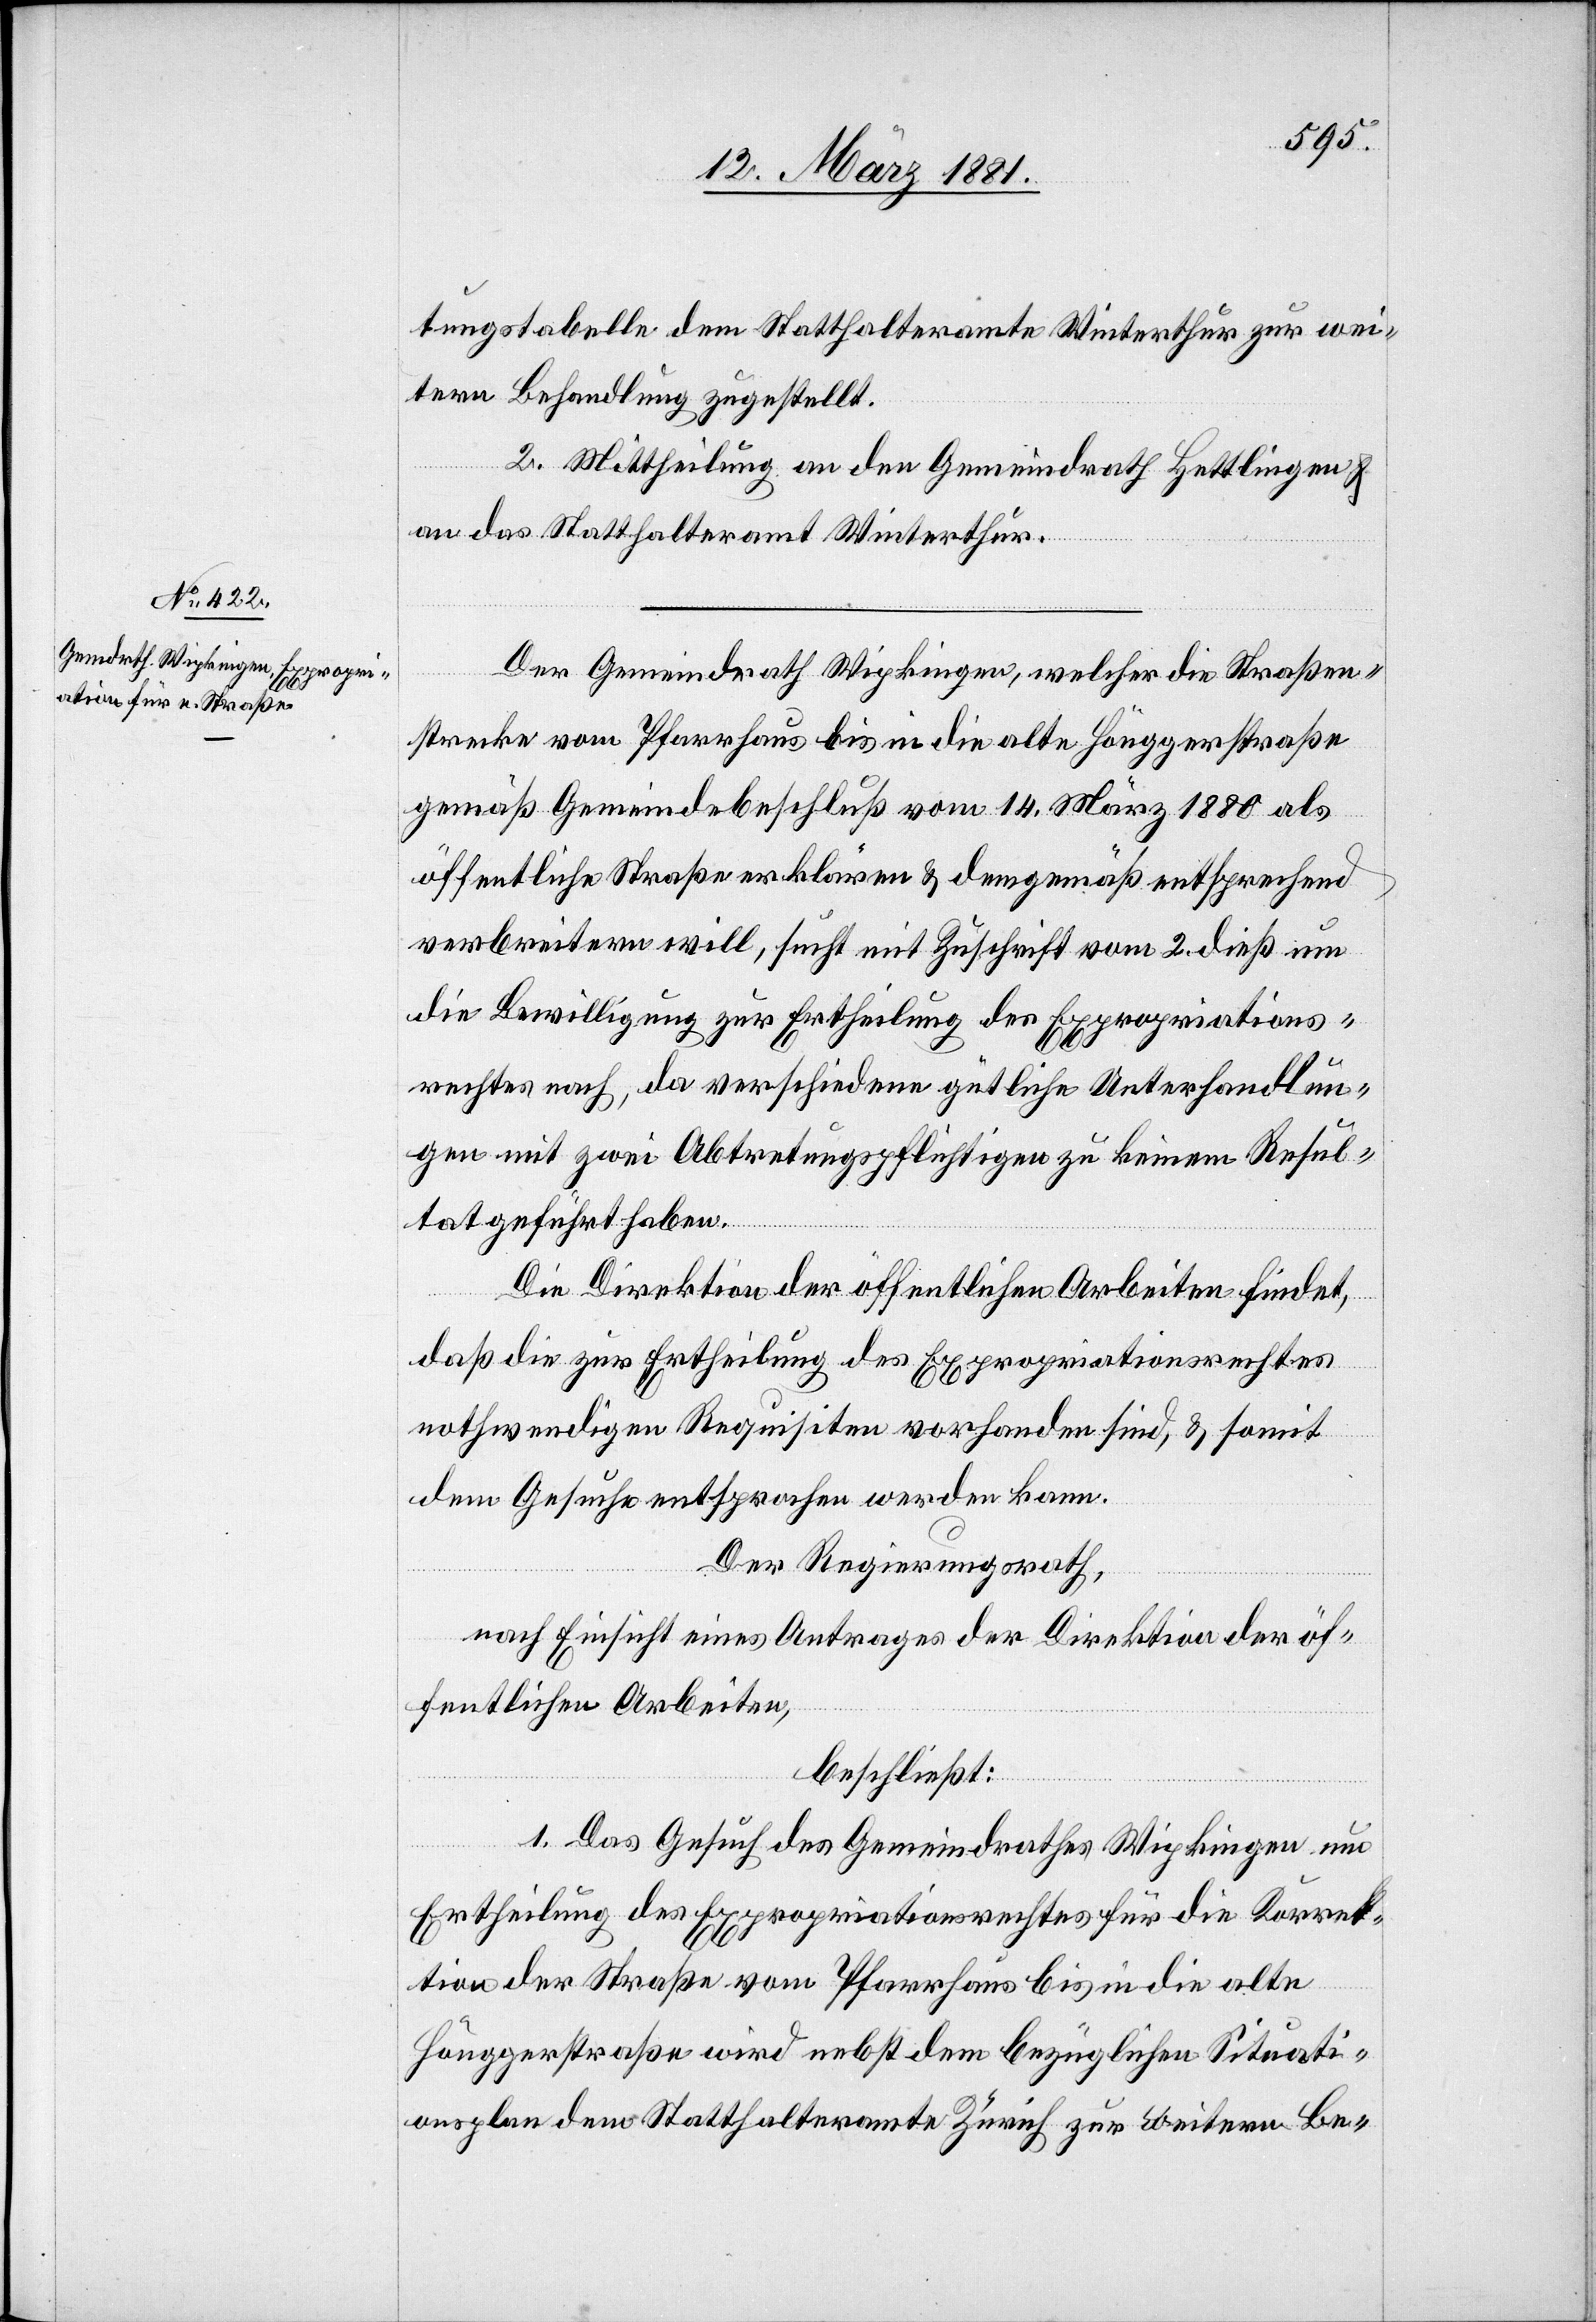
tungstabelle dem Statthalteramte Winterthur zur wei¬
tern Behandlung zugestellt.
2. Mittheilung an den Gemeindrath Hettlingen &
an das Statthalteramt Winterthur.
Der Gemeindrath Wipkingen, welcher die Straßen¬
strecke vom Pfarrhaus bis in die alte Hönggerstraße
gemäß Gemeindebeschluß vom 14. März 1880 als
öffentliche Straße erklären & demgemäß entsprechend
verbreitern will, sucht mit Zuschrift vom 2. dieß um
die Bewilligung zur Ertheilung des Expropriations¬
rechtes nach, da verschiedene gütliche Unterhandlun¬
gen mit zwei Abtretungspflichtigen zu keinem Resul¬
tat geführt haben.
Die Direktion der öffentlichen Arbeiten findet,
daß die zur Ertheilung des Expropriationsrechtes
nothwendigen Requisiten vorhanden sind, & somit
dem Gesuche entsprochen werden kann.
Der Regierungsrath,
nach Einsicht eines Antrages der Direktion der öf¬
fentlichen Arbeiten,
beschließt:
1. Das Gesuch des Gemeindrathes Wipkingen um
Ertheilung des Expropriationsrechtes für die Korrek¬
tion der Straße vom Pfarrhaus bis in die alte
Hönggerstraße wird nebst dem bezüglichen Situati¬
onsplan dem Statthalteramte Zürich zur weitern Be-